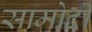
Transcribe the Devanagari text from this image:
सामोदी